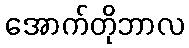
အောက်တိုဘာလ